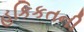
હકિકતની